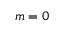
m = 0